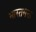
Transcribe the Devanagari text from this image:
भारतभक्त